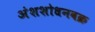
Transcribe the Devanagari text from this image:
अंशशोधनवक्र